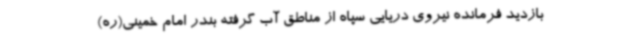
بازدید فرمانده نیروی دریایی سپاه از مناطق آب گرفته بندر امام خمینی(ره)